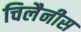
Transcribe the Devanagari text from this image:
चिलैनीस